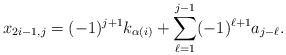
\begin{align*} x_{2i-1,j} = (-1)^{j+1} k_{\alpha(i)} + \sum_{\ell=1}^{j-1} (-1)^{\ell+1} a_{j-\ell}.\end{align*}